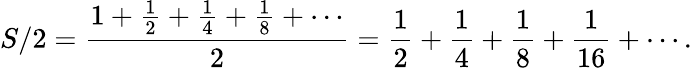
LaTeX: S/2={\frac{1+{\frac{1}{2}}+{\frac{1}{4}}+{\frac{1}{8}}+\cdots}{2}}={\frac{1}{2}}+{\frac{1}{4}}+{\frac{1}{8}}+{\frac{1}{16}}+\cdots.